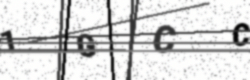
Text: 1GCC